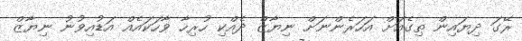
ރޭގަ ދިޔައިން ތިގެއަށް އަހަރެންނަށް ނިޔާޒް ދެއްކި ހުރިހާ ވާހަކައެއް އަޑުއިވުނު ނިޔާޒް